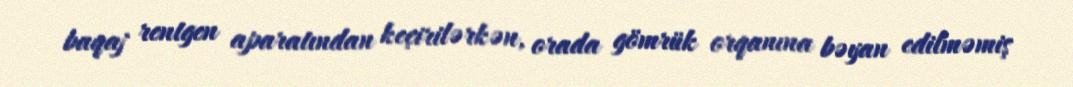
baqaj rentgen aparatından keçirilərkən, orada gömrük orqanına bəyan edilməmiş